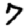
Digit: 7